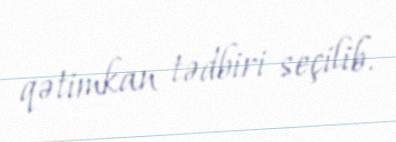
qətimkan tədbiri seçilib.